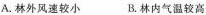
A.林外风速较小 B.林内气温较高